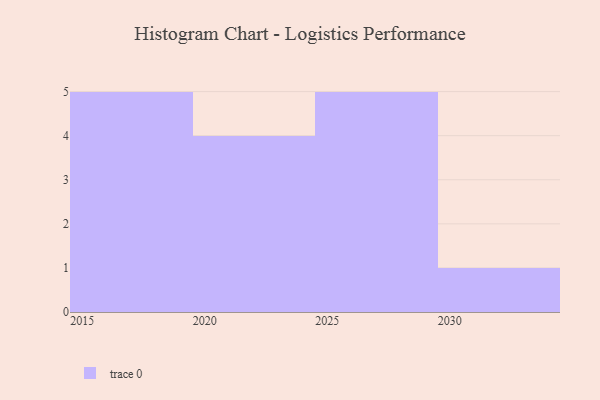
{"axis": {"x": "Year", "y": "Website Visitors"}, "legend": [""], "data": [{"x": "2016", "y": 17, "type": ""}, {"x": "2027", "y": 94, "type": ""}, {"x": "2029", "y": 98, "type": ""}, {"x": "2018", "y": 27, "type": ""}, {"x": "2021", "y": 74, "type": ""}, {"x": "2020", "y": 92, "type": ""}, {"x": "2028", "y": 92, "type": ""}, {"x": "2026", "y": 86, "type": ""}, {"x": "2025", "y": 68, "type": ""}, {"x": "2017", "y": 62, "type": ""}, {"x": "2023", "y": 62, "type": ""}, {"x": "2015", "y": 80, "type": ""}, {"x": "2024", "y": 74, "type": ""}, {"x": "2030", "y": 36, "type": ""}, {"x": "2019", "y": 82, "type": ""}]}